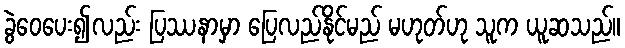
ခွဲဝေပေး၍လည်း ပြဿနာမှာ ပြေလည်နိုင်မည် မဟုတ်ဟု သူက ယူဆသည်။